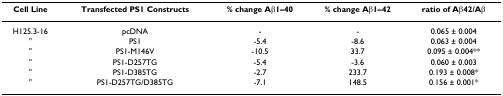
<table><thead><tr><td><b>Cell Line</b></td><td><b>Transfected PS1 Constructs</b></td><td><b>% change Aβ1–40</b></td><td><b>% change Aβ1–42</b></td><td><b>ratio of Aβ42/Aβ</b></td></tr></thead><tbody><tr><td>H125.3-16</td><td>pcDNA</td><td>-</td><td>-</td><td>0.065 ± 0.004</td></tr><tr><td>&quot;</td><td>PS1</td><td>-5.4</td><td>-8.6</td><td>0.063 ± 0.004</td></tr><tr><td>&quot;</td><td>PS1-M146V</td><td>-10.5</td><td>33.7</td><td>0.095 ± 0.004**</td></tr><tr><td>&quot;</td><td>PS1-D257TG</td><td>-5.4</td><td>-3.6</td><td>0.060 ± 0.003</td></tr><tr><td>&quot;</td><td>PS1-D385TG</td><td>-2.7</td><td>233.7</td><td>0.193 ± 0.008*</td></tr><tr><td>&quot;</td><td>PS1-D257TG/D385TG</td><td>-7.1</td><td>148.5</td><td>0.156 ± 0.001*</td></tr></tbody></table>